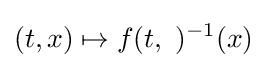
(t,x)\mapsto f(t,\ )^{-1}(x)